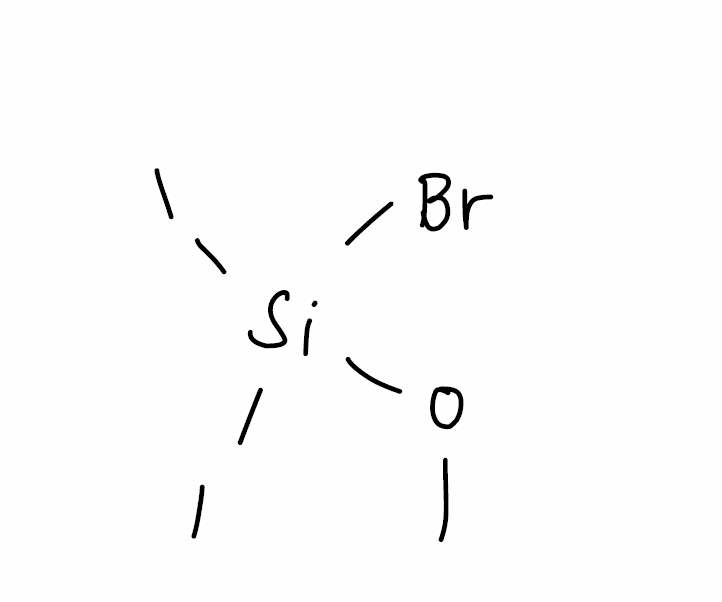
Simplified molecular-input line-entry system (SMILES) notation of the given molecule:
CO[Si](Br)(I)I